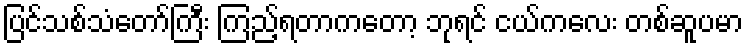
ပြင်သစ်သံတော်ကြီး ကြည့်ရတာကတော့ ဘုရင် ငယ်ကလေး တစ်ဆူပမာ